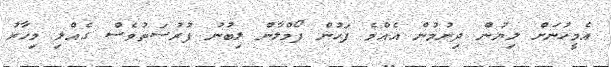
އެމީހުނަށް ލިޔުން ދިނުމުން އެއްމެ ފަހުން ފޯމްލާން ލިބުނު ފުރުސަތުވެސް ގެއްލި މިހާރު